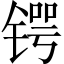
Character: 锷